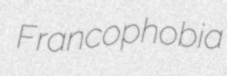
Francophobia